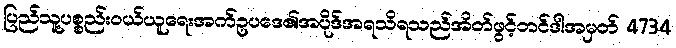
ပြည်သူ့ပစ္စည်းဝယ်ယူရေးအက်ဥပဒေ၏အပိုဒ်အရသိရသည်အိတ်ဖွင့်တင်ဒါအမှတ် 4734